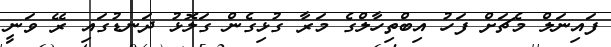
ފައިނަލް މެޗަށް ފަހު އިބްތިހާލްގެ މަރާ ގުޅިގެން ގަލޮޅު ދަނޑުގައި ރޭ ވަނީ